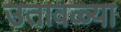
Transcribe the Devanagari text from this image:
उतावळ्या